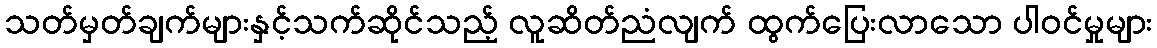
သတ်မှတ်ချက်များနှင့်သက်ဆိုင်သည့် လူဆိတ်ညံလျက် ထွက်ပြေးလာသော ပါဝင်မှုများ